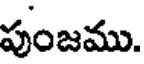
పుంజము.